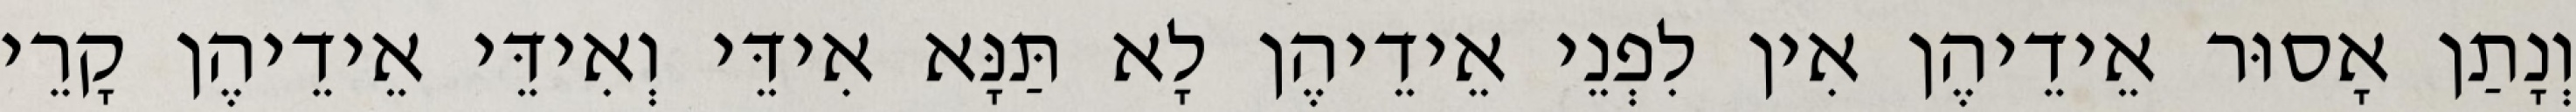
וְנָתַן אָסוּר אֵידֵיהֶן אִין לִפְנֵי אֵידֵיהֶן לָא תַּנָּא אִידֵּי וְאִידֵּי אֵידֵיהֶן קָרֵי